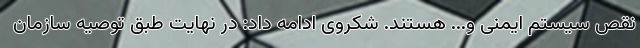
نقص سیستم ایمنی و... هستند. شکروی ادامه داد: در نهایت طبق توصیه سازمان